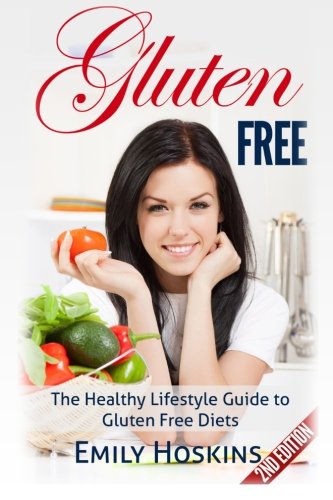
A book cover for Gluten Free: The Healthy Lifestyle Guide To Gluten Free Diets; Emily Hoskins; Health, Fitness & Dieting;